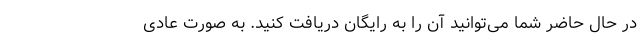
در حال حاضر شما می‌توانید آن را به رایگان دریافت کنید. به صورت عادی